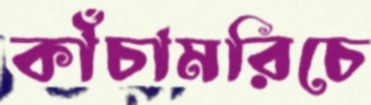
কাঁচামরিচে